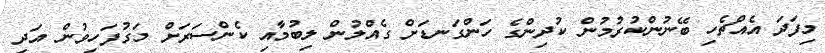
މިފަދަ އެއްޗެހި ބޭނުންކުރުމުން ކުދިންގެ ހަންގަނޑަށް ގެއްލުން ލިބުމާއި ކެންސަރަށް މަގުފަހިވުން އަދި